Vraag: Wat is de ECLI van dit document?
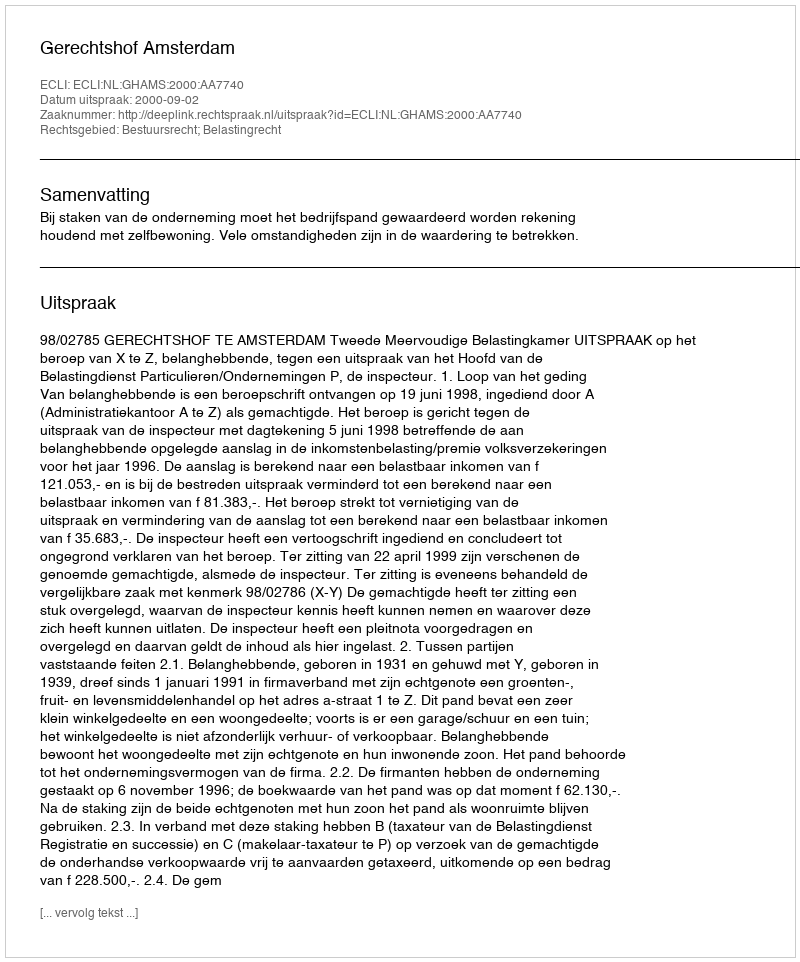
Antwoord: ECLI:NL:GHAMS:2000:AA7740